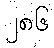
၂၈၆